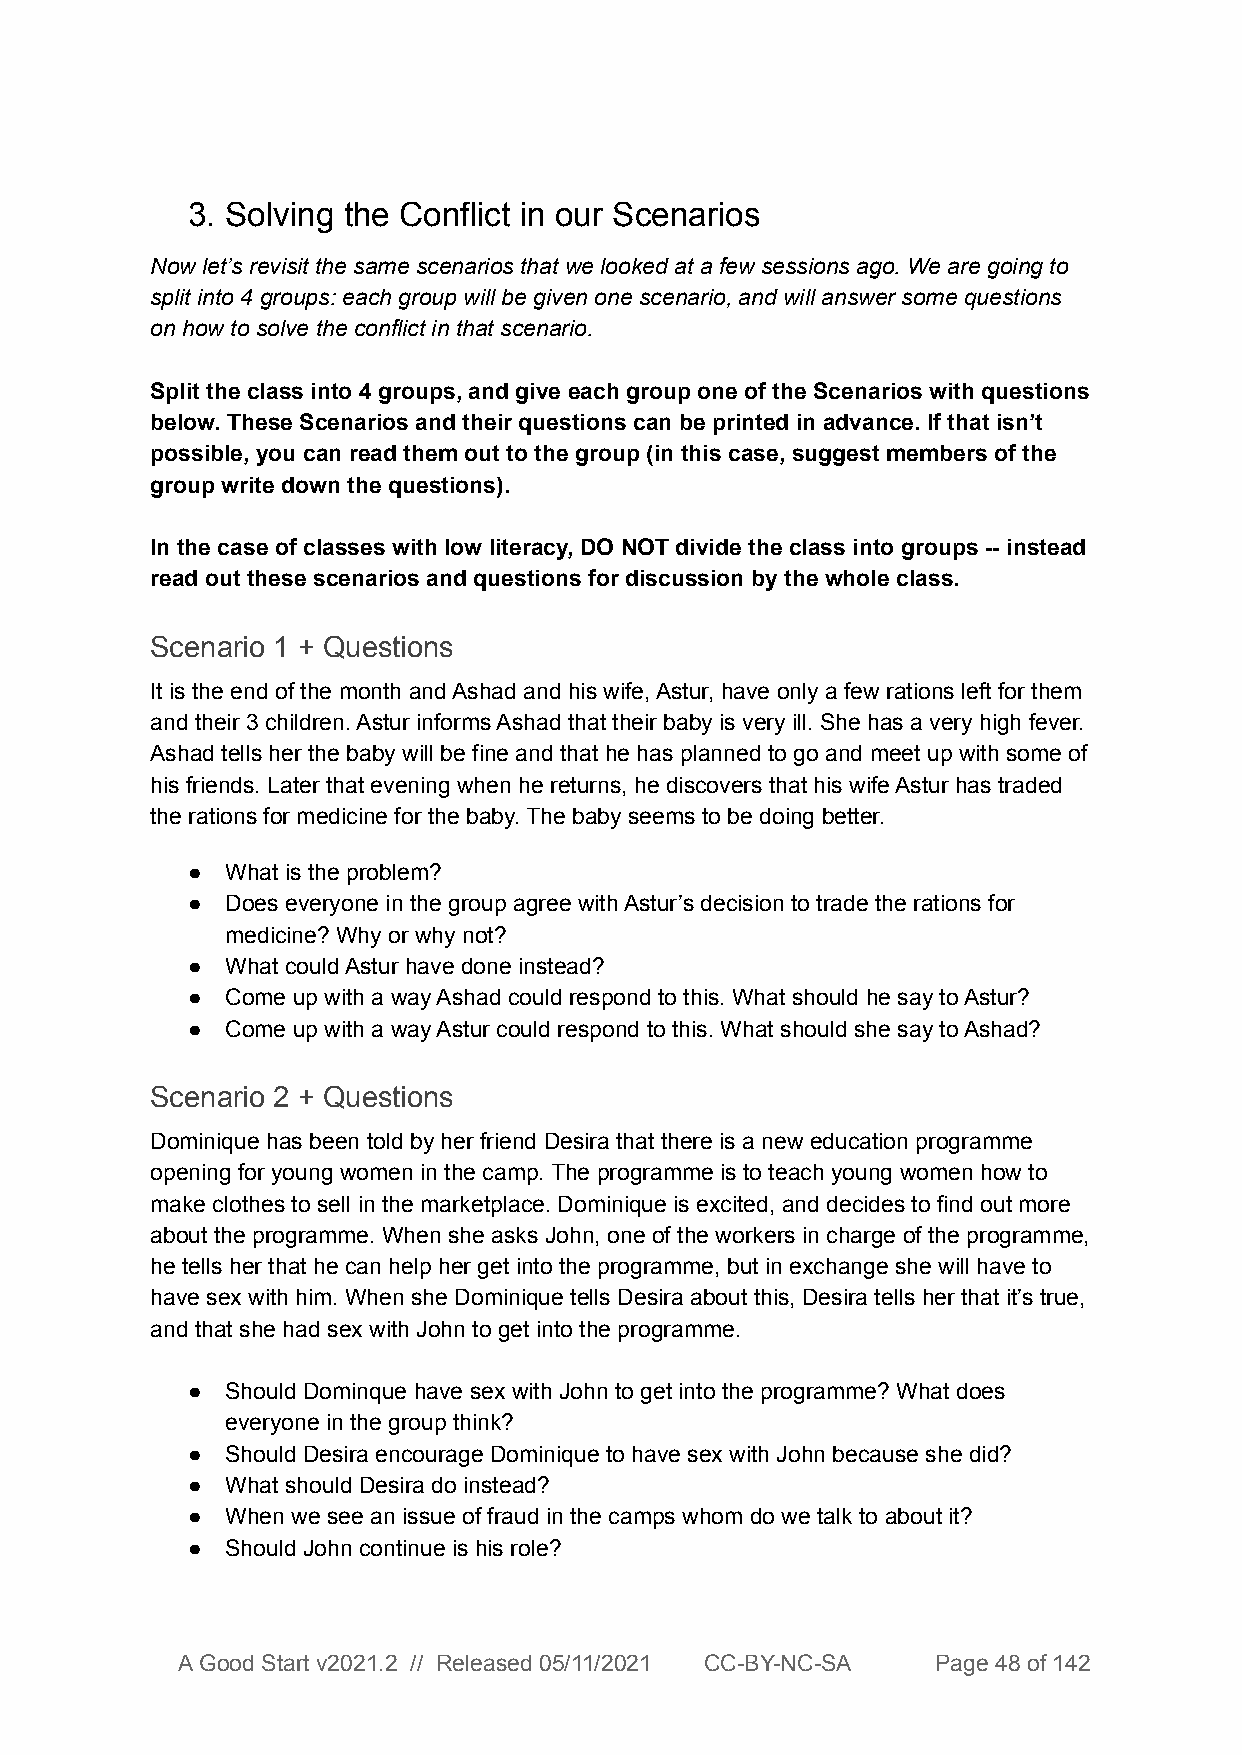
3. Solving the Conflict in our Scenarios
 Now let’s revisit the same scenarios that we looked at a few sessions ago. We are going to
 split into 4 groups: each group will be given one scenario, and will answer some questions
 on how to solve the conflict in that scenario.
 Split the class into 4 groups, and give each group one of the Scenarios with questions
 below. These Scenarios and their questions can be printed in advance. If that isn’t
 possible, you can read them out to the group (in this case, suggest members of the
 group write down the questions).
 In the case of classes with low literacy, DO NOT divide the class into groups -- instead
 read out these scenarios and questions for discussion by the whole class.
 Scenario 1 + Questions
 It is the end of the month and Ashad and his wife, Astur, have only a few rations left for them
 and their 3 children. Astur informs Ashad that their baby is very ill. She has a very high fever.
 Ashad tells her the baby will be fine and that he has planned to go and meet up with some of
 his friends. Later that evening when he returns, he discovers that his wife Astur has traded
 the rations for medicine for the baby. The baby seems to be doing better.
 ●  What is the problem?
 ●  Does everyone in the group agree with Astur’s decision to trade the rations for
 medicine? Why or why not?
 ●  What could Astur have done instead?
 ●  Come up with a way Ashad could respond to this. What should he say to Astur?
 ●  Come up with a way Astur could respond to this. What should she say to Ashad?
 Scenario 2 + Questions
 Dominique has been told by her friend Desira that there is a new education programme
 opening for young women in the camp. The programme is to teach young women how to
 make clothes to sell in the marketplace. Dominique is excited, and decides to find out more
 about the programme. When she asks John, one of the workers in charge of the programme,
 he tells her that he can help her get into the programme, but in exchange she will have to
 have sex with him. When she Dominique tells Desira about this, Desira tells her that it’s true,
 and that she had sex with John to get into the programme.
 ●  Should Dominque have sex with John to get into the programme? What does
 everyone in the group think?
 ●  Should Desira encourage Dominique to have sex with John because she did?
 ●  What should Desira do instead?
 ●  When we see an issue of fraud in the camps whom do we talk to about it?
 ●  Should John continue is his role?
 A Good Start v2021.2 // Released 05/11/2021 CC-BY-NC-SA Page 48 of 142